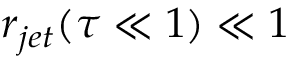
r _ { j e t } ( \tau \ll 1 ) \ll 1